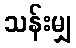
သန်းမျှ